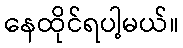
နေထိုင်ရပါ့မယ်။